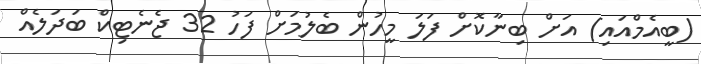
(ބީއެމްއައި) އަށް ބިނާކޮށް ފަލަ މީހުން ބެލުމަށް ފަހު 32 ޖެނެޓިކް ބަދަލެއް